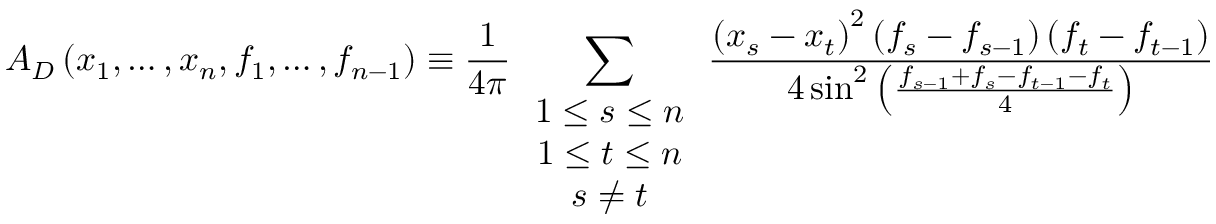
A _ { D } \left( x _ { 1 } , \ldots , x _ { n } , f _ { 1 } , \ldots , f _ { n - 1 } \right) \equiv \frac { 1 } { 4 \pi } \sum _ { \begin{array} { c } { { 1 \leq s \leq n } } \\ { { 1 \leq t \leq n } } \\ { { s \neq t } } \end{array} } \frac { \left( x _ { s } - x _ { t } \right) ^ { 2 } \left( f _ { s } - f _ { s - 1 } \right) \left( f _ { t } - f _ { t - 1 } \right) } { 4 \sin ^ { 2 } \left( \frac { f _ { s - 1 } + f _ { s } - f _ { t - 1 } - f _ { t } } { 4 } \right) }